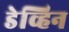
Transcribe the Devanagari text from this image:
डेव्हिन